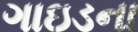
ગાઇડના